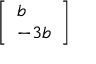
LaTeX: \left[ \begin{array} { l } { b } \\ { - 3 b } \end{array} \right]